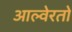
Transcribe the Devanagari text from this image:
आल्वेरतो